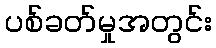
ပစ်ခတ်မှုအတွင်း